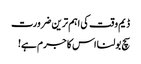
ڈیم وقت کی اہم ترین ضرورت
سچ بولنا اس کا جرم ہے!